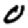
Digit: 0